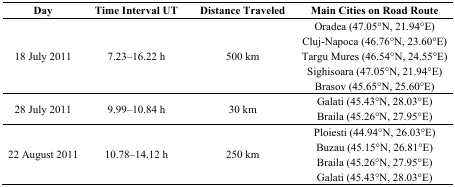
<table><thead><tr><td><b>Day</b></td><td><b>Time Interval UT</b></td><td><b>Distance Traveled</b></td><td><b>Main Cities on Road Route</b></td></tr></thead><tbody><tr><td rowspan="5">18 July 2011</td><td rowspan="5">7.23–16.22 h</td><td rowspan="5">500 km</td><td>Oradea (47.05°N, 21.94°E)</td></tr><tr><td>Cluj-Napoca (46.76°N, 23.60°E)</td></tr><tr><td>Targu Mures (46.54°N, 24.55°E)</td></tr><tr><td>Sighisoara (47.05°N, 21.94°E)</td></tr><tr><td>Brasov (45.65°N, 25.60°E)</td></tr><tr><td rowspan="2">28 July 2011</td><td rowspan="2">9.99–10.84 h</td><td rowspan="2">30 km</td><td>Galati (45.43°N, 28.03°E)</td></tr><tr><td>Braila (45.26°N, 27.95°E)</td></tr><tr><td rowspan="4">22 August 2011</td><td rowspan="4">10.78–14.12 h</td><td rowspan="4">250 km</td><td>Ploiesti (44.94°N, 26.03°E)</td></tr><tr><td>Buzau (45.15°N, 26.81°E)</td></tr><tr><td>Braila (45.26°N, 27.95°E)</td></tr><tr><td>Galati (45.43°N, 28.03°E)</td></tr></tbody></table>